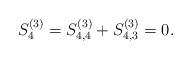
LaTeX: \begin{align*}S^{(3)}_4 &= S^{(3)}_{4,4} + S^{(3)}_{4,3} =0.\end{align*}